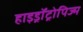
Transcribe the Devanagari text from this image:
हाइड्रॉट्रोपिज्म